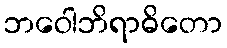
ဘဝေါဘိရာဓိတော